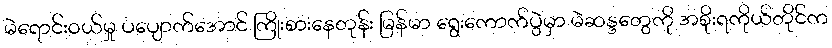
မဲရောင်းဝယ်မှု ပပျောက်အောင် ကြိုးစားနေတုန်း မြန်မာ ရွေးကောက်ပွဲမှာ မဲဆန္ဒတွေကို အစိုးရကိုယ်တိုင်က